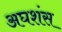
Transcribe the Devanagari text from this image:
अघशंस